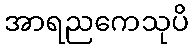
အာရညကေသုပိ